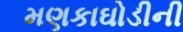
મણકાઘોડીની